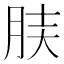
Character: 𦚫